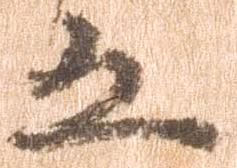
五